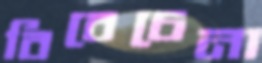
বিবেচেনা